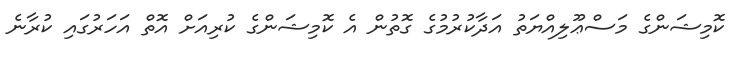
ކޮމިޝަންގެ މަސްޢޫލިއްޔަތު އަދާކުރުމުގެ ގޮތުން އެ ކޮމިޝަންގެ ކުރިއަށް އޮތް އަހަރުގައި ކުރާނެ